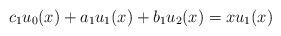
LaTeX: \begin{align*} c_1 u_0(x) + a_1 u_1(x) + b_1 u_2(x) = x u_1(x)\end{align*}